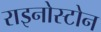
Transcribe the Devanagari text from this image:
राइनोस्टोन